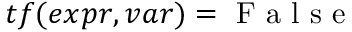
t f ( e x p r , v a r ) = \mathrm { ~ F ~ a ~ l ~ s ~ e ~ }